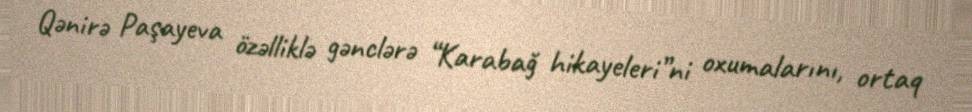
Qənirə Paşayeva özəlliklə gənclərə “Karabağ hikayeleri”ni oxumalarını, ortaq